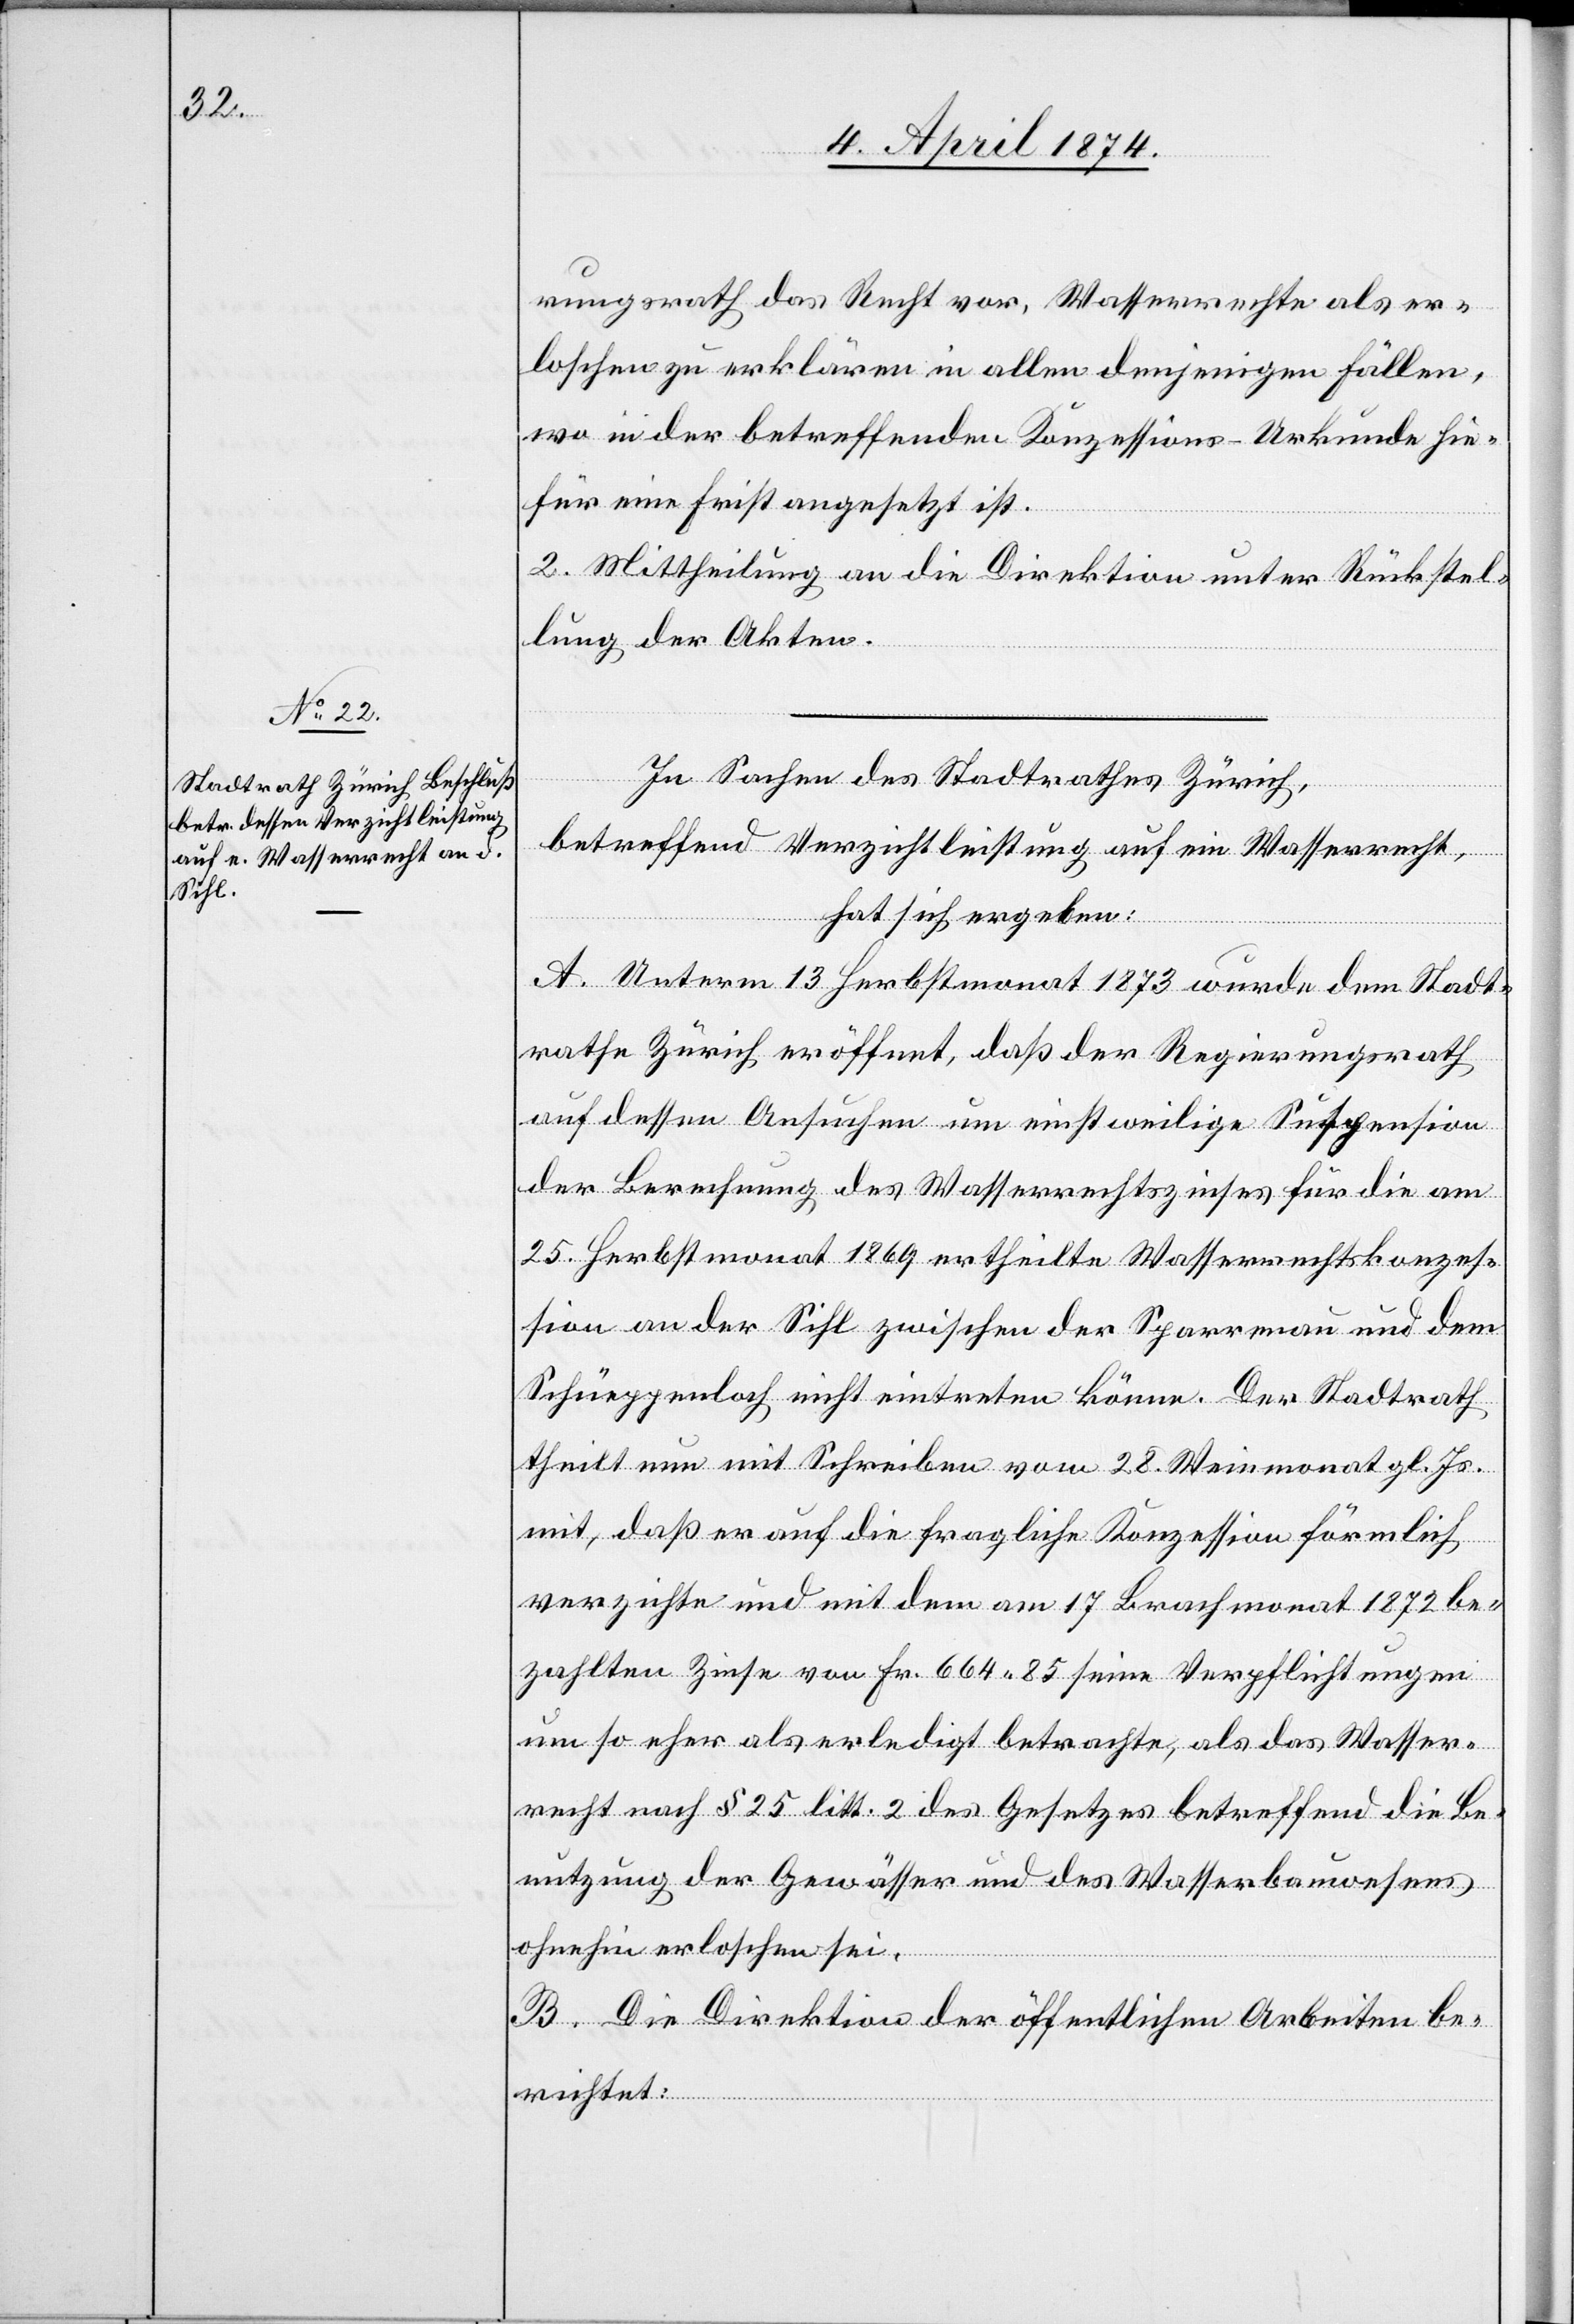
rungsrath das Recht vor, Wasserrechte als er¬
loschen zu erklären in allen denjenigen Fällen,
wo in der betreffenden Konzessions-Urkunde hie¬
für eine Frist angesetzt ist.
2. Mittheilung an die Direktion unter Rückstel¬
lung der Akten.
In Sachen des Stadtrathes Zürich,
betreffend Verzichtleistung auf ein Wasserrecht,
hat sich ergeben.
A. Unterm 13. Herbstmonat 1873 wurde dem Stadt¬
rathe Zürich eröffnet, daß der Regierungsrath
auf dessen Ansuchen um einstweilige Suspension
der Berechnung des Wasserrechtszinses für die am
25. Herbstmonat 1869 ertheilte Wasserrechtskonzes¬
sion an der Sihl zwischen der Sparrenau und dem
Schüeppenloch nicht eintreten könne. Der Stadtrath
theilt nun mit Schreiben vom 28. Weinmonat gl. Js.
mit, daß er auf die fragliche Konzession förmlich
verzichte und mit dem am 17. Brachmonat 1872 be¬
zahlten Zinse von Fr. 664.85 seine Verpflichtungen
um so eher als erledigt betrachte, als das Wasser¬
recht nach § 25 litt. 2 des Gesetzes betreffend die Be¬
nutzung der Gewässer und des Wasserbauwesens
ohnehin erloschen sei.
B. Die Direktion der öffentlichen Arbeiten be¬
richtet: